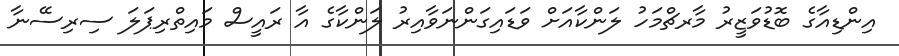
އިންޑިއާގެ ބޮޑުވަޒީރު މާރޗްމަހު ލަންކާއަށް ވަޑައިގަންނަވާއިރު ލަންކާގެ އާ ރައީސް މައިތްރިޕަލަ ސިރިސޭނާ